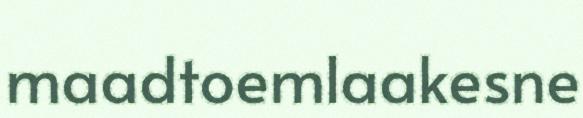
maadtoemlaakesne